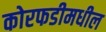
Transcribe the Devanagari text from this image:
कोरफडीमधील